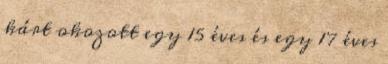
kárt okozott egy 15 éves és egy 17 éves